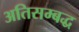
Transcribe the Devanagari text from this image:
अतिसम्बद्ध